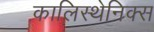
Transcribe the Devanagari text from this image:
कालिस्थेनिक्स